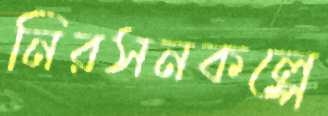
নিরসনকল্পে